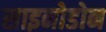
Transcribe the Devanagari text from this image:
साइनोडोन